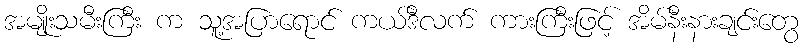
အမျိုးသမီးကြီး က သူ့အပြာရောင် ကယ်ဒီလက် ကားကြီးဖြင့် အိမ်နီးနားချင်းတွေ